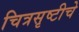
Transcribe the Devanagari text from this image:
चित्रसृष्टीचे